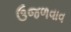
ઉજળવાવ